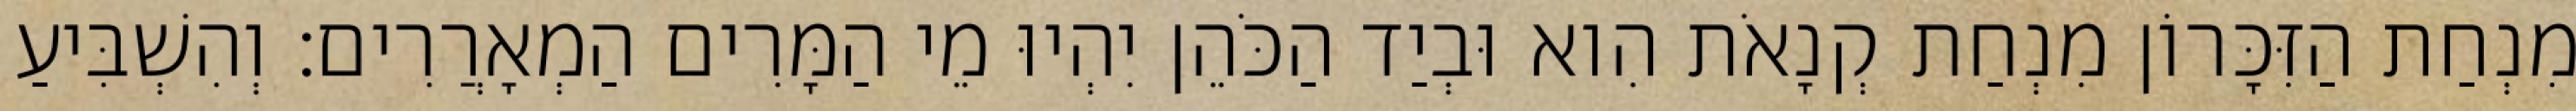
מִנְחַת הַזִּכָּרוֹן מִנְחַת קְנָאֹת הִוא וּבְיַד הַכֹּהֵן יִהְיוּ מֵי הַמָּרִים הַמְאָרֲרִים׃ וְהִשְׁבִּיעַ